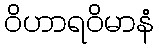
ဝိဟာရဝိမာနံ